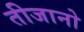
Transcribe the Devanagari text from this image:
तीजानो